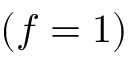
( f = 1 )